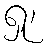
ရှု၊